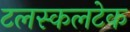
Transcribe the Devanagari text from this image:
टलस्कलटेक